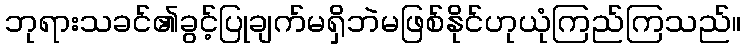
ဘုရားသခင်၏ခွင့်ပြုချက်မရှိဘဲမဖြစ်နိုင်ဟုယုံကြည်ကြသည်။